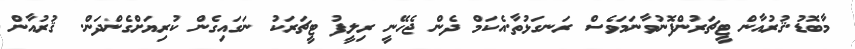
މާބޮޑު.ޤުރުއާން ޓީޗަރުންފޮނުވާނަމަވެސް ރަނގަޅުތާ.އެކަމް ދެން ޖެހޭނީ ރިލީފު ޓީޗަރަކު ނަގައިގެން ކުރިޔަށްގެންދަން. ޤުރުއާން